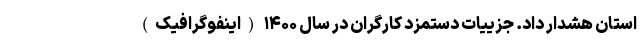
استان هشدار داد. جزییات دستمزد کارگران در سال ۱۴۰۰ (اینفوگرافیک)